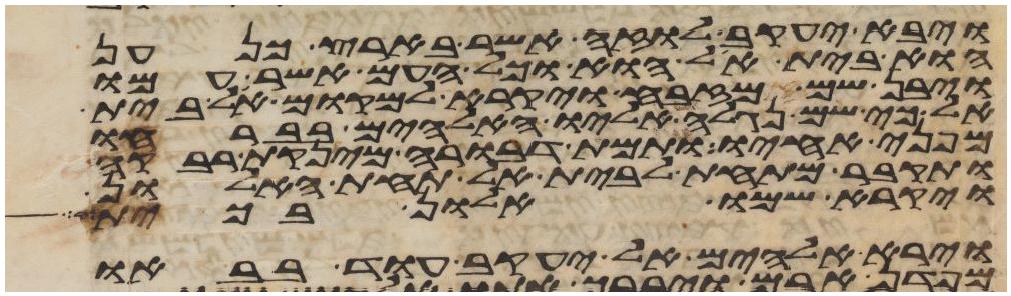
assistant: ויבא יעקב לוזה אשר בארץ כנען
הוא בית אל הוא וכל העם אשר עמו
ויבן שם מזבח ויקרא למקום אל בית
אל כי שם נגלה אליו האלהים בברחו
מפני אחיו ותמת דבורה מינקת רבקה
ותקבר מתחת לבית אל תחת האלון
ויקרא שמו אלון בכית
וירא אלהים אל יעקב עוד בבאו